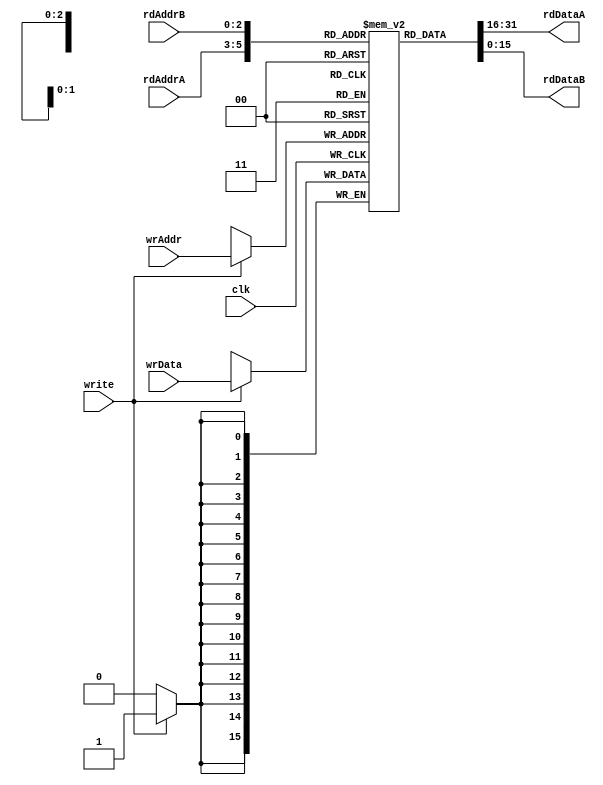
// This is a Verilog description for an 8 x 16 register file

`timescale 1ns / 1ns

module regfile8x16a
  (input clk,
   input write,
   input [2:0] wrAddr,
   input [15:0] wrData,
   input [2:0] rdAddrA,
   output [15:0] rdDataA,
   input [2:0] rdAddrB,
   output [15:0] rdDataB);

   reg [15:0] 	 regfile [0:7];

   assign rdDataA = regfile[rdAddrA];
   assign rdDataB = regfile[rdAddrB];

   always @(posedge clk) begin
      if (write) regfile[wrAddr] <= wrData;
   end
endmodule


// This is a Verilog description for an 8 x 16 register file

`timescale 1ns / 1ns

module regfile8x16b
  (input clk,
   input reset,
   input write,
   input [2:0] wrAddr,
   input [15:0] wrData,
   input [2:0] rdAddrA,
   output [15:0] rdDataA,
   input [2:0] rdAddrB,
   output [15:0] rdDataB);

   reg [15:0] 	 regfile [0:7];

   assign rdDataA = regfile[rdAddrA];
   assign rdDataB = regfile[rdAddrB];

   always @(posedge clk) begin
      if (reset) begin
	 regfile[0] <= 0;
	 regfile[1] <= 0;
	 regfile[2] <= 0;
	 regfile[3] <= 0;
	 regfile[4] <= 0;
	 regfile[5] <= 0;
	 regfile[6] <= 0;
	 regfile[7] <= 0;
      end else begin
	 if (write) regfile[wrAddr] <= wrData;
      end // else: !if(reset)
   end
endmodule


// This is a Verilog description for an 8 x 16 register file

`timescale 1ns / 1ns

module regfile8x16c
  (input clk,
   input reset,
   input write,
   input [2:0] wrAddr,
   input [15:0] wrData,
   input [2:0] rdAddrA,
   output [15:0] rdDataA,
   input [2:0] rdAddrB,
   output [15:0] rdDataB);

   reg [15:0] 	 regfile [0:7];

   assign rdDataA = regfile[rdAddrA];
   assign rdDataB = regfile[rdAddrB];

   integer 	 i;
   always @(posedge clk) begin
      if (reset) begin
	 for (i = 0; i < 8; i = i + 1) begin
	    regfile[i] <= 0;
	 end
      end else begin
	 if (write) regfile[wrAddr] <= wrData;
      end // else: !if(reset)
   end
endmodule